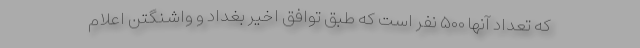
که تعداد آنها ۵۰۰ نفر است که طبق توافق اخیر بغداد و واشنگتن اعلام